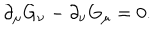
\partial _ { \mu } G _ { \nu } - \partial _ { \nu } G _ { \mu } = 0 .